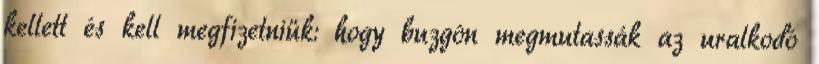
kellett és kell megfizetniük: hogy buzgón megmutassák az uralkodó